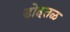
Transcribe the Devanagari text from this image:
डोहतळ